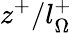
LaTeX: z^{+}/l_{\Omega}^{+}